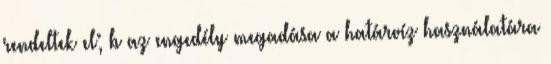
rendeltek el; b az engedély megadása a határvíz használatára